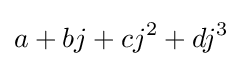
a+bj+cj^{2}+dj^{3}